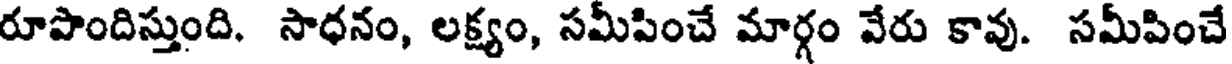
రూపొందిస్తుంది. సాధనం, లక్ష్యం, సమీపించే మార్గం వేరు కావు. సమీపించే